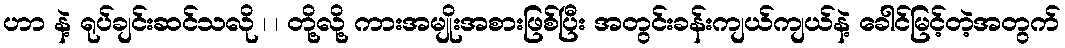
ဟာ နဲ့ ရုပ်ချင်းဆင်သလို ၊ ၊ တို့လို့ ကားအမျိုးအစားဖြစ်ပြီး အတွင်းခန်းကျယ်ကျယ်နဲ့ ခေါင်မြင့်တဲ့အတွက်